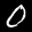
Label: 0